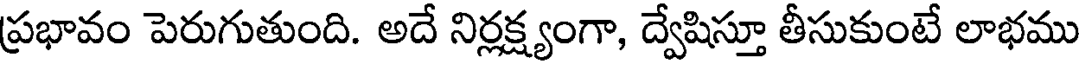
ప్రభావం పెరుగుతుంది. అదే నిర్లక్ష్యంగా, ద్వేషిస్తూ తీసుకుంటే లాభము